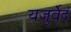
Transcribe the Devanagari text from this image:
यजुर्वेदं